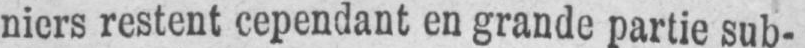
niers restent cependant en grande partie sub-